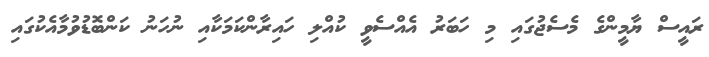
ރައީސް ޔާމީންގެ މެސެޖުގައި މި ހަބަރު އެއްސެވީ ކުއްލި ހައިރާންކަމަކާއި ނުހަނު ކަންބޮޑުވުމާއެކުގައި